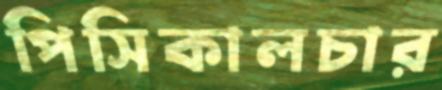
পিসিকালচার